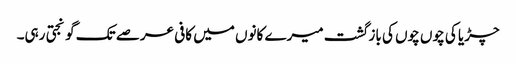
چڑیا کی چوں چوں کی باز گشت میرے کانوں میں کافی عرصے تک گونجتی رہی۔